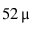
5 2 \, \upmu